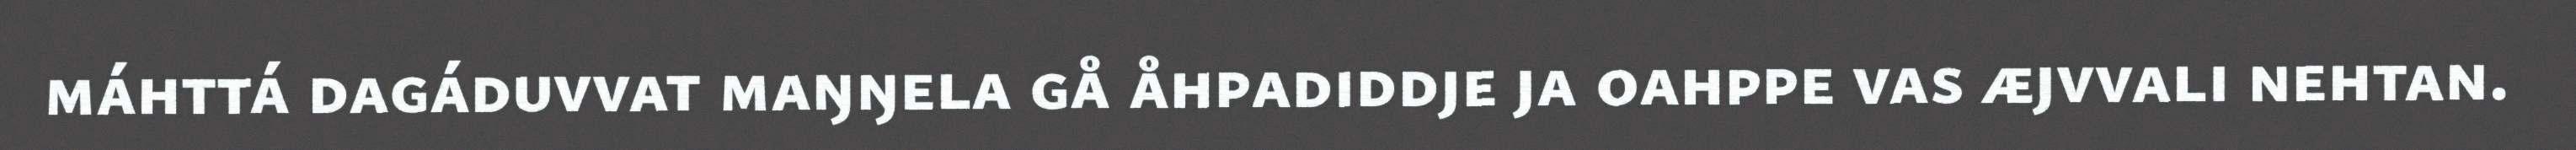
máhttá dagáduvvat maŋŋela gå åhpadiddje ja oahppe vas æjvvali nehtan.